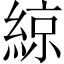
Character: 綡